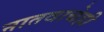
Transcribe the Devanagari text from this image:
नातवाचेही